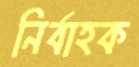
নির্বাহক